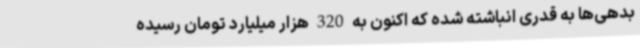
بدهی‌ها به قدری انباشته شده که اکنون به 320 هزار میلیارد تومان رسیده